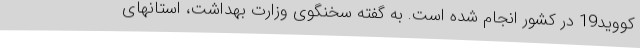
کووید19 در کشور انجام شده است. به گفته سخنگوی وزارت بهداشت، استانهای